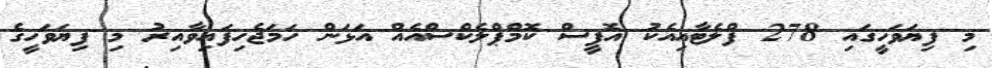
މި ފިޔަވަހީގައި 278 ފްލެޓާއިއެކު އޮފީސް ކޮމްޕްލެކްސްއެއް އަޅަން ހަމަޖެހިފައިވާއިރު މި ފިޔަވަހީގެ